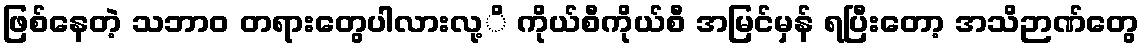
ဖြစ်နေတဲ့ သဘာဝ တရားတွေပါလားလု့ိ ကိုယ်စီကိုယ်စီ အမြင်မှန် ရပြီးတော့ အသိဉာဏ်တွေ